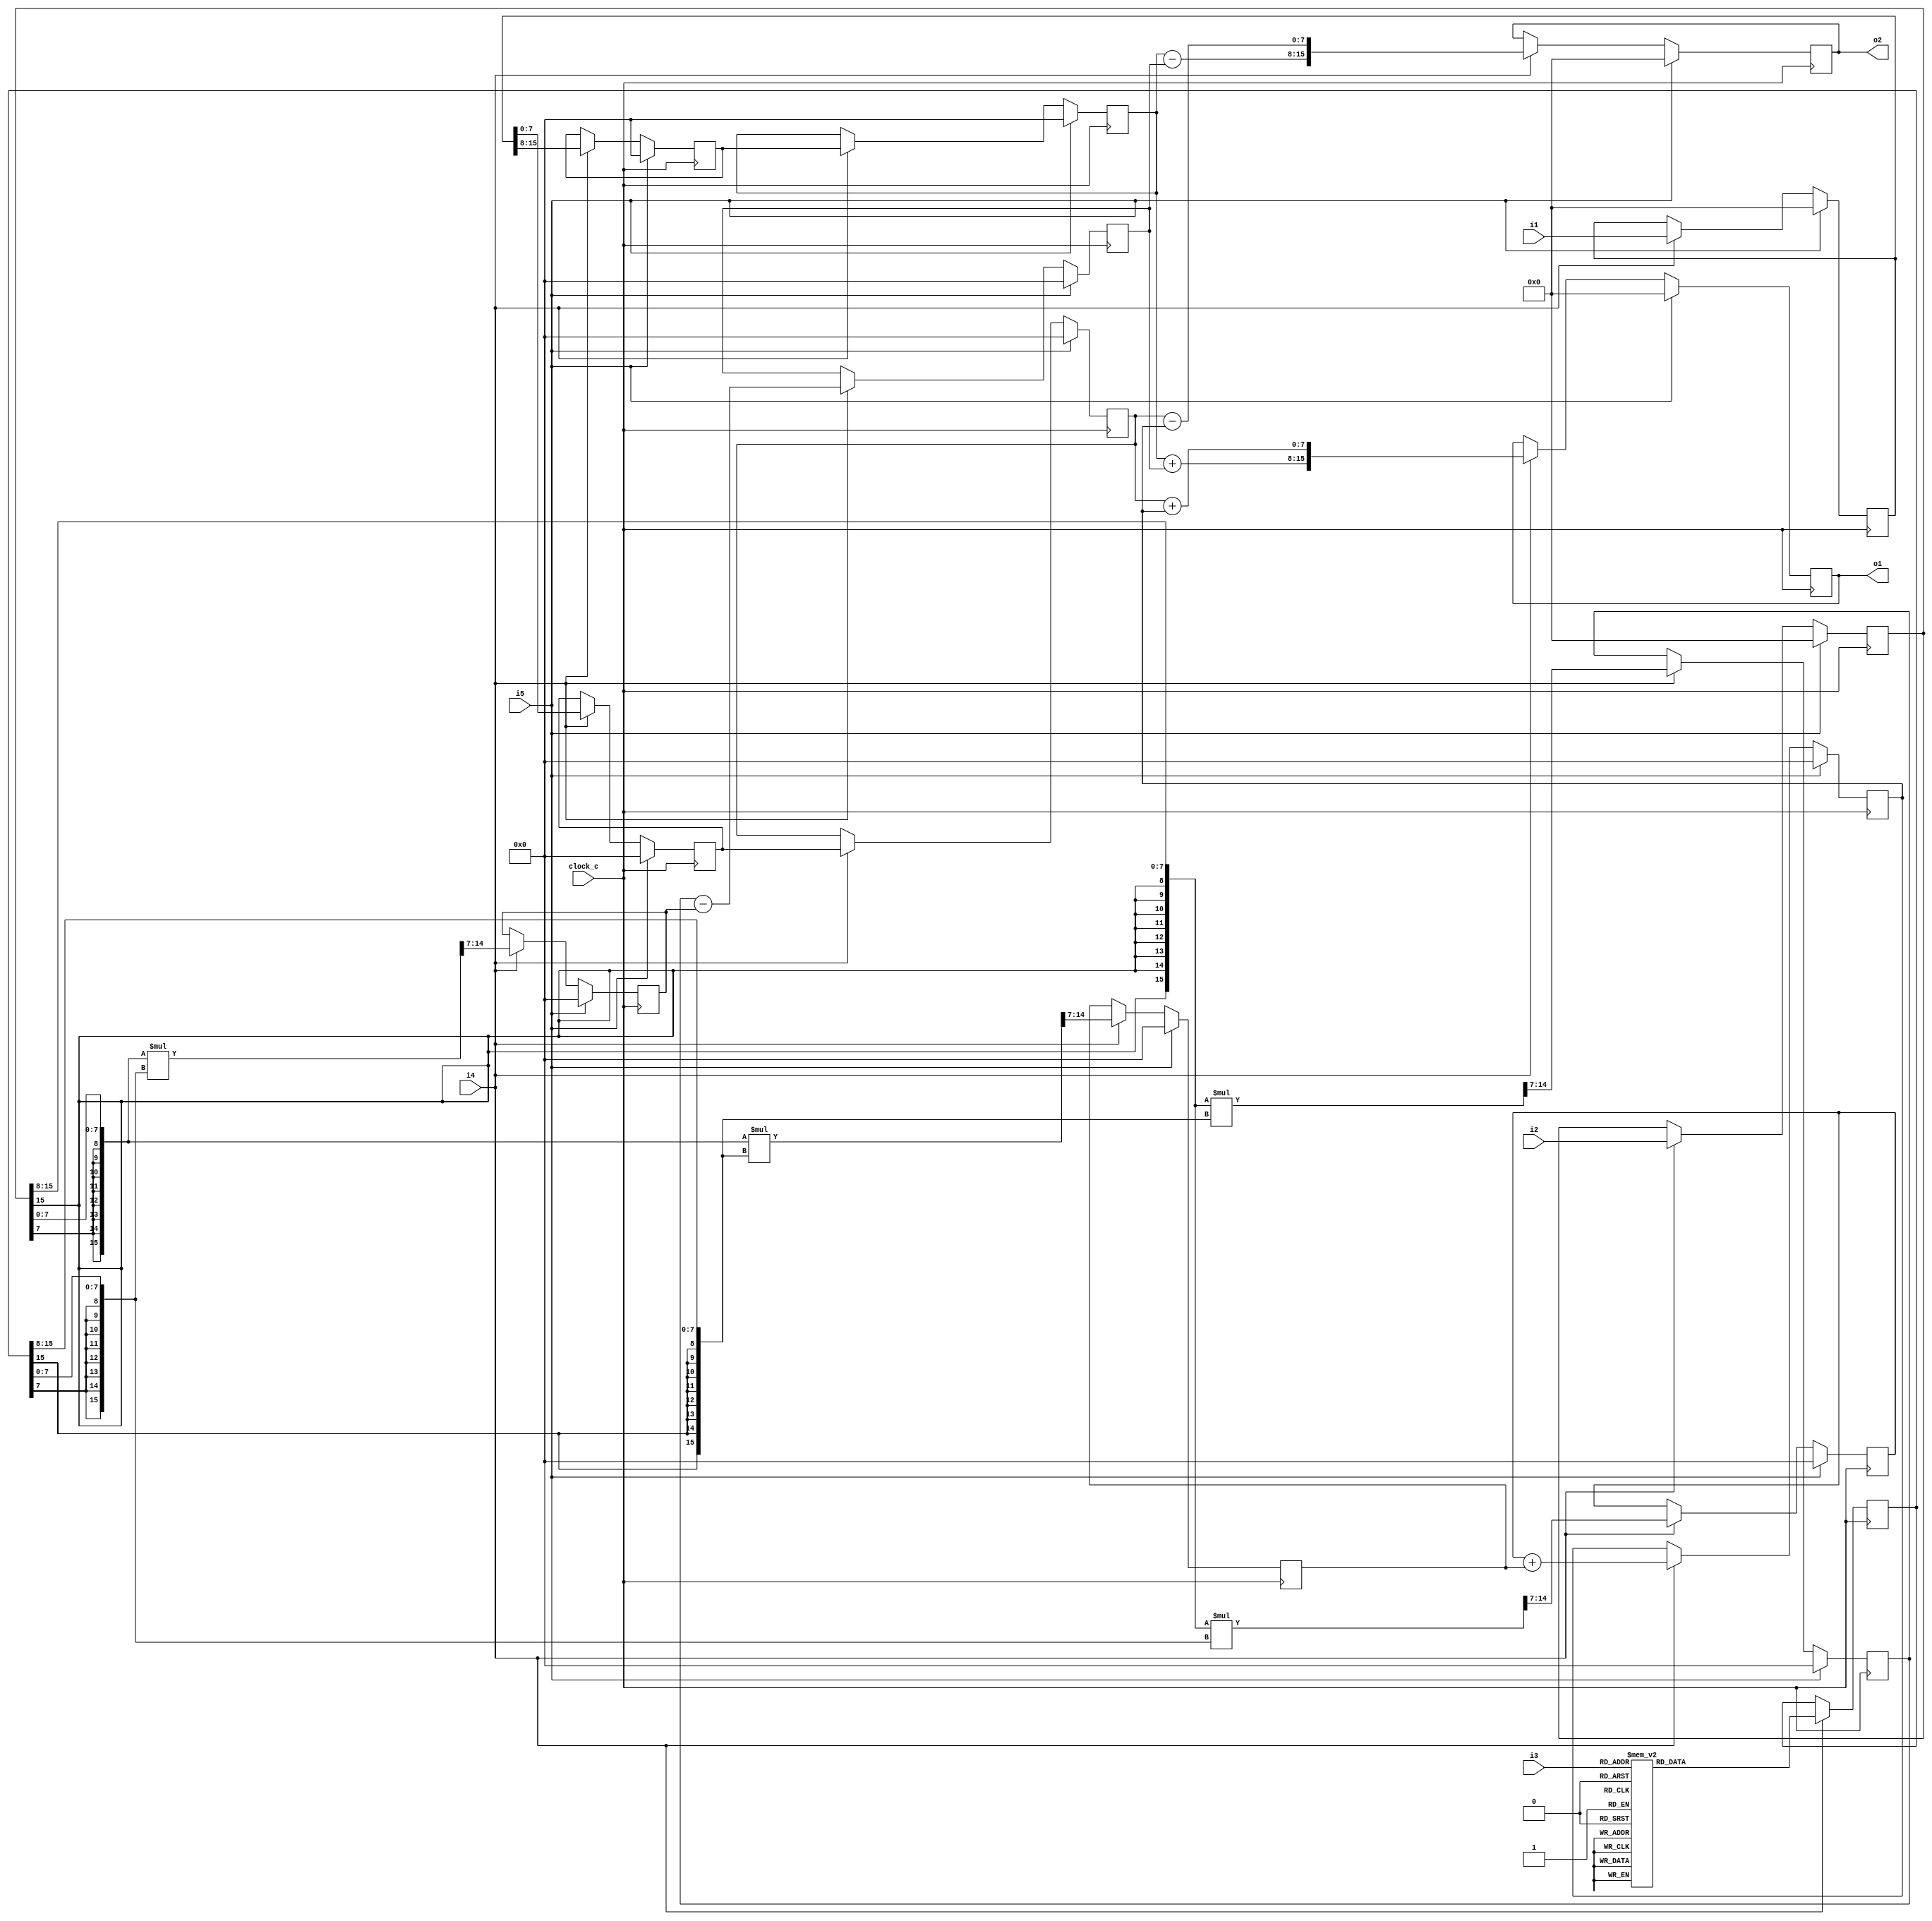
module cf_fft_1024_8_10 (clock_c, i1, i2, i3, i4, i5, o1, o2);
input  clock_c;
input  [15:0] i1;
input  [15:0] i2;
input  [2:0] i3;
input  i4;
input  i5;
output [15:0] o1;
output [15:0] o2;
reg    [15:0] n1;
wire   [7:0] n2;
wire   [7:0] n3;
reg    [15:0] n4;
wire   [7:0] n5;
wire   [7:0] n6;
reg    [7:0] n7;
reg    [7:0] n8;
reg    [7:0] n9;
reg    [7:0] n10;
reg    [15:0] n11;
wire   [7:0] n12;
wire   [7:0] n13;
wire   [15:0] n14;
wire   [7:0] n15;
reg    [7:0] n16;
wire   [15:0] n17;
wire   [7:0] n18;
reg    [7:0] n19;
wire   [7:0] n20;
reg    [7:0] n21;
wire   [15:0] n22;
wire   [7:0] n23;
reg    [7:0] n24;
wire   [15:0] n25;
wire   [7:0] n26;
reg    [7:0] n27;
wire   [7:0] n28;
reg    [7:0] n29;
wire   [7:0] n30;
wire   [7:0] n31;
wire   [15:0] n32;
reg    [15:0] n33;
wire   [7:0] n34;
wire   [7:0] n35;
wire   [15:0] n36;
reg    [15:0] n37;
initial n1 = 16'b0000000000000000;
always @ (posedge clock_c)
  if (i5 == 1'b1)
    n1 <= 16'b0000000000000000;
  else if (i4 == 1'b1)
    n1 <= i1;
assign n2 = {n1[15],
  n1[14],
  n1[13],
  n1[12],
  n1[11],
  n1[10],
  n1[9],
  n1[8]};
assign n3 = {n1[7],
  n1[6],
  n1[5],
  n1[4],
  n1[3],
  n1[2],
  n1[1],
  n1[0]};
initial n4 = 16'b0000000000000000;
always @ (posedge clock_c)
  if (i5 == 1'b1)
    n4 <= 16'b0000000000000000;
  else if (i4 == 1'b1)
    n4 <= i2;
assign n5 = {n4[15],
  n4[14],
  n4[13],
  n4[12],
  n4[11],
  n4[10],
  n4[9],
  n4[8]};
assign n6 = {n4[7],
  n4[6],
  n4[5],
  n4[4],
  n4[3],
  n4[2],
  n4[1],
  n4[0]};
initial n7 = 8'b00000000;
always @ (posedge clock_c)
  if (i5 == 1'b1)
    n7 <= 8'b00000000;
  else if (i4 == 1'b1)
    n7 <= n2;
initial n8 = 8'b00000000;
always @ (posedge clock_c)
  if (i5 == 1'b1)
    n8 <= 8'b00000000;
  else if (i4 == 1'b1)
    n8 <= n7;
initial n9 = 8'b00000000;
always @ (posedge clock_c)
  if (i5 == 1'b1)
    n9 <= 8'b00000000;
  else if (i4 == 1'b1)
    n9 <= n3;
initial n10 = 8'b00000000;
always @ (posedge clock_c)
  if (i5 == 1'b1)
    n10 <= 8'b00000000;
  else if (i4 == 1'b1)
    n10 <= n9;
initial n11 = 16'b0000000000000000;
always @ (posedge clock_c)
  if (i4 == 1'b1)
    case (i3)
      3'b000 : n11 <= 16'b0111111100000000;
      3'b001 : n11 <= 16'b0111011011001111;
      3'b010 : n11 <= 16'b0101101010100101;
      3'b011 : n11 <= 16'b0011000010001001;
      3'b100 : n11 <= 16'b0000000010000000;
      3'b101 : n11 <= 16'b1100111110001001;
      3'b110 : n11 <= 16'b1010010110100101;
      3'b111 : n11 <= 16'b1000100111001111;
      default : n11 <= 16'bxxxxxxxxxxxxxxxx;
    endcase
assign n12 = {n11[15],
  n11[14],
  n11[13],
  n11[12],
  n11[11],
  n11[10],
  n11[9],
  n11[8]};
assign n13 = {n11[7],
  n11[6],
  n11[5],
  n11[4],
  n11[3],
  n11[2],
  n11[1],
  n11[0]};
assign n14 = {{8{n5[7]}}, n5} * {{8{n12[7]}}, n12};
assign n15 = {n14[14],
  n14[13],
  n14[12],
  n14[11],
  n14[10],
  n14[9],
  n14[8],
  n14[7]};
initial n16 = 8'b00000000;
always @ (posedge clock_c)
  if (i5 == 1'b1)
    n16 <= 8'b00000000;
  else if (i4 == 1'b1)
    n16 <= n15;
assign n17 = {{8{n6[7]}}, n6} * {{8{n13[7]}}, n13};
assign n18 = {n17[14],
  n17[13],
  n17[12],
  n17[11],
  n17[10],
  n17[9],
  n17[8],
  n17[7]};
initial n19 = 8'b00000000;
always @ (posedge clock_c)
  if (i5 == 1'b1)
    n19 <= 8'b00000000;
  else if (i4 == 1'b1)
    n19 <= n18;
assign n20 = n16 - n19;
initial n21 = 8'b00000000;
always @ (posedge clock_c)
  if (i5 == 1'b1)
    n21 <= 8'b00000000;
  else if (i4 == 1'b1)
    n21 <= n20;
assign n22 = {{8{n5[7]}}, n5} * {{8{n13[7]}}, n13};
assign n23 = {n22[14],
  n22[13],
  n22[12],
  n22[11],
  n22[10],
  n22[9],
  n22[8],
  n22[7]};
initial n24 = 8'b00000000;
always @ (posedge clock_c)
  if (i5 == 1'b1)
    n24 <= 8'b00000000;
  else if (i4 == 1'b1)
    n24 <= n23;
assign n25 = {{8{n6[7]}}, n6} * {{8{n12[7]}}, n12};
assign n26 = {n25[14],
  n25[13],
  n25[12],
  n25[11],
  n25[10],
  n25[9],
  n25[8],
  n25[7]};
initial n27 = 8'b00000000;
always @ (posedge clock_c)
  if (i5 == 1'b1)
    n27 <= 8'b00000000;
  else if (i4 == 1'b1)
    n27 <= n26;
assign n28 = n24 + n27;
initial n29 = 8'b00000000;
always @ (posedge clock_c)
  if (i5 == 1'b1)
    n29 <= 8'b00000000;
  else if (i4 == 1'b1)
    n29 <= n28;
assign n30 = n8 + n21;
assign n31 = n10 + n29;
assign n32 = {n30, n31};
initial n33 = 16'b0000000000000000;
always @ (posedge clock_c)
  if (i5 == 1'b1)
    n33 <= 16'b0000000000000000;
  else if (i4 == 1'b1)
    n33 <= n32;
assign n34 = n8 - n21;
assign n35 = n10 - n29;
assign n36 = {n34, n35};
initial n37 = 16'b0000000000000000;
always @ (posedge clock_c)
  if (i5 == 1'b1)
    n37 <= 16'b0000000000000000;
  else if (i4 == 1'b1)
    n37 <= n36;
assign o2 = n37;
assign o1 = n33;
endmodule